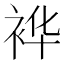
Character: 𮕽